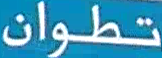
تطوان